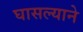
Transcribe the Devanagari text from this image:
घासल्याने